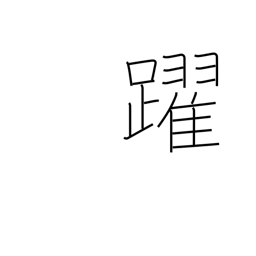
Meaning: skip